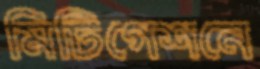
মিটিগেশনে